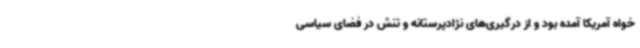
خواه آمریکا آمده بود و از درگیری‌های نژادپرستانه و تنش در فضای سیاسی